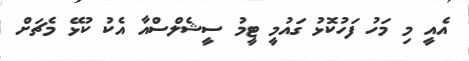
އެއީ މި މަހު ފަހުކޮޅު ގައުމީ ޓީމު ސީޝެލްސްއާ އެކު ކުޅޭ މެޗަށް